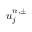
u _ { j } ^ { n , \pm }